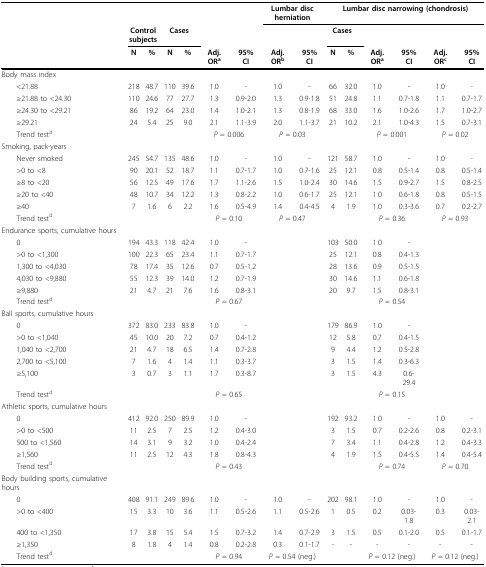
<table><thead><tr><td></td><td></td><td></td><td></td><td></td><td></td><td></td><td colspan="2"><b>Lumbar disc herniation</b></td><td colspan="6"><b>Lumbar disc narrowing (chondrosis)</b></td></tr><tr><td></td><td colspan="2"><b>Control subjects</b></td><td colspan="2"><b>Cases</b></td><td></td><td></td><td></td><td></td><td colspan="2"><b>Cases</b></td><td></td><td></td><td></td><td></td></tr><tr><td></td><td><b>N</b></td><td><b>%</b></td><td><b>N</b></td><td><b>%</b></td><td><b>Adj. OR<sup>a</sup></b></td><td><b>95% CI</b></td><td><b>Adj. OR<sup>b</sup></b></td><td><b>95% CI</b></td><td><b>N</b></td><td><b>%</b></td><td><b>Adj. OR<sup>a</sup></b></td><td><b>95% CI</b></td><td><b>Adj. OR<sup>c</sup></b></td><td><b>95% CI</b></td></tr></thead><tbody><tr><td>Body mass index</td><td></td><td></td><td></td><td></td><td></td><td></td><td></td><td></td><td></td><td></td><td></td><td></td><td></td><td></td></tr><tr><td> &lt;21.88</td><td>218</td><td>48.7</td><td>110</td><td>39.6</td><td>1.0</td><td>-</td><td>1.0</td><td>-</td><td>66</td><td>32.0</td><td>1.0</td><td>-</td><td>1.0</td><td>-</td></tr><tr><td> ≥21.88 to &lt;24.30</td><td>110</td><td>24.6</td><td>77</td><td>27.7</td><td>1.3</td><td>0.9-2.0</td><td>1.3</td><td>0.9-1.8</td><td>51</td><td>24.8</td><td>1.1</td><td>0.7-1.8</td><td>1.1</td><td>0.7-1.7</td></tr><tr><td> ≥24.30 to &lt;29.21</td><td>86</td><td>19.2</td><td>64</td><td>23.0</td><td>1.4</td><td>1.0-2.1</td><td>1.3</td><td>0.8-1.9</td><td>68</td><td>33.0</td><td>1.6</td><td>1.0-2.6</td><td>1.7</td><td>1.0-2.7</td></tr><tr><td> ≥29.21</td><td>24</td><td>5.4</td><td>25</td><td>9.0</td><td>2.1</td><td>1.1-3.9</td><td>2.0</td><td>1.1-3.7</td><td>21</td><td>10.2</td><td>2.1</td><td>1.0-4.3</td><td>1.5</td><td>0.7-3.1</td></tr><tr><td> Trend test<sup>d</sup></td><td></td><td></td><td></td><td></td><td colspan="2"><i>P </i>= 0.006</td><td colspan="2"><i>P </i>= 0.03</td><td></td><td></td><td colspan="2"><i>P </i>= 0.001</td><td colspan="2"><i>P </i>= 0.02</td></tr><tr><td>Smoking, pack-years</td><td></td><td></td><td></td><td></td><td></td><td></td><td></td><td></td><td></td><td></td><td></td><td></td><td></td><td></td></tr><tr><td> Never smoked</td><td>245</td><td>54.7</td><td>135</td><td>48.6</td><td>1.0</td><td>-</td><td>1.0</td><td>-</td><td>121</td><td>58.7</td><td>1.0</td><td>-</td><td>1.0</td><td>-</td></tr><tr><td> &gt;0 to &lt;8</td><td>90</td><td>20.1</td><td>52</td><td>18.7</td><td>1.1</td><td>0.7-1.7</td><td>1.0</td><td>0.7-1.6</td><td>25</td><td>12.1</td><td>0.8</td><td>0.5-1.4</td><td>0.8</td><td>0.5-1.4</td></tr><tr><td> ≥8 to &lt;20</td><td>56</td><td>12.5</td><td>49</td><td>17.6</td><td>1.7</td><td>1.1-2.6</td><td>1.5</td><td>1.0-2.4</td><td>30</td><td>14.6</td><td>1.5</td><td>0.9-2.7</td><td>1.5</td><td>0.8-2.5</td></tr><tr><td> ≥20 to &lt;40</td><td>48</td><td>10.7</td><td>34</td><td>12.2</td><td>1.3</td><td>0.8-2.2</td><td>1.0</td><td>0.6-1.7</td><td>25</td><td>12.1</td><td>1.0</td><td>0.6-1.8</td><td>0.8</td><td>0.5-1.5</td></tr><tr><td> ≥40</td><td>7</td><td>1.6</td><td>6</td><td>2.2</td><td>1.6</td><td>0.5-4.9</td><td>1.4</td><td>0.4-4.5</td><td>4</td><td>1.9</td><td>1.0</td><td>0.3-3.6</td><td>0.7</td><td>0.2-2.7</td></tr><tr><td> Trend test<sup>d</sup></td><td></td><td></td><td></td><td></td><td colspan="2"><i>P </i>= 0.10</td><td colspan="2"><i>P </i>= 0.47</td><td></td><td></td><td colspan="2"><i>P </i>= 0.36</td><td colspan="2"><i>P </i>= 0.93</td></tr><tr><td>Endurance sports, cumulative hours</td><td></td><td></td><td></td><td></td><td></td><td></td><td></td><td></td><td></td><td></td><td></td><td></td><td></td><td></td></tr><tr><td> 0</td><td>194</td><td>43.3</td><td>118</td><td>42.4</td><td>1.0</td><td>-</td><td></td><td></td><td>103</td><td>50.0</td><td>1.0</td><td>-</td><td></td><td></td></tr><tr><td> &gt;0 to &lt;1,300</td><td>100</td><td>22.3</td><td>65</td><td>23.4</td><td>1.1</td><td>0.7-1.7</td><td></td><td></td><td>25</td><td>12.1</td><td>0.8</td><td>0.4-1.3</td><td></td><td></td></tr><tr><td> 1,300 to &lt;4,030</td><td>78</td><td>17.4</td><td>35</td><td>12.6</td><td>0.7</td><td>0.5-1.2</td><td></td><td></td><td>28</td><td>13.6</td><td>0.9</td><td>0.5-1.5</td><td></td><td></td></tr><tr><td> 4,030 to &lt;9,880</td><td>55</td><td>12.3</td><td>39</td><td>14.0</td><td>1.2</td><td>0.7-1.9</td><td></td><td></td><td>30</td><td>14.6</td><td>1.1</td><td>0.6-1.8</td><td></td><td></td></tr><tr><td> ≥9,880</td><td>21</td><td>4.7</td><td>21</td><td>7.6</td><td>1.6</td><td>0.8-3.1</td><td></td><td></td><td>20</td><td>9.7</td><td>1.5</td><td>0.8-3.1</td><td></td><td></td></tr><tr><td> Trend test<sup>d</sup></td><td></td><td></td><td></td><td></td><td colspan="2"><i>P </i>= 0.67</td><td></td><td></td><td></td><td></td><td colspan="2"><i>P </i>= 0.54</td><td></td><td></td></tr><tr><td>Ball sports, cumulative hours</td><td></td><td></td><td></td><td></td><td></td><td></td><td></td><td></td><td></td><td></td><td></td><td></td><td></td><td></td></tr><tr><td> 0</td><td>372</td><td>83.0</td><td>233</td><td>83.8</td><td>1.0</td><td>-</td><td></td><td></td><td>179</td><td>86.9</td><td>1.0</td><td>-</td><td></td><td></td></tr><tr><td> &gt;0 to &lt;1,040</td><td>45</td><td>10.0</td><td>20</td><td>7.2</td><td>0.7</td><td>0.4-1.2</td><td></td><td></td><td>12</td><td>5.8</td><td>0.7</td><td>0.4-1.5</td><td></td><td></td></tr><tr><td> 1,040 to &lt;2,700</td><td>21</td><td>4.7</td><td>18</td><td>6.5</td><td>1.4</td><td>0.7-2.8</td><td></td><td></td><td>9</td><td>4.4</td><td>1.2</td><td>0.5-2.8</td><td></td><td></td></tr><tr><td> 2,700 to &lt;5,100</td><td>7</td><td>1.6</td><td>4</td><td>1.4</td><td>1.1</td><td>0.3-3.7</td><td></td><td></td><td>3</td><td>1.5</td><td>1.4</td><td>0.3-6.3</td><td></td><td></td></tr><tr><td> ≥5,100</td><td>3</td><td>0.7</td><td>3</td><td>1.1</td><td>1.7</td><td>0.3-8.7</td><td></td><td></td><td>3</td><td>1.5</td><td>4.3</td><td>0.6-29.4</td><td></td><td></td></tr><tr><td> Trend test<sup>d</sup></td><td></td><td></td><td></td><td></td><td colspan="2"><i>P </i>= 0.65</td><td></td><td></td><td></td><td></td><td colspan="2"><i>P </i>= 0.15</td><td></td><td></td></tr><tr><td>Athletic sports, cumulative hours</td><td></td><td></td><td></td><td></td><td></td><td></td><td></td><td></td><td></td><td></td><td></td><td></td><td></td><td></td></tr><tr><td> 0</td><td>412</td><td>92.0</td><td>250</td><td>89.9</td><td>1.0</td><td>-</td><td></td><td></td><td>192</td><td>93.2</td><td>1.0</td><td>-</td><td>1.0</td><td>-</td></tr><tr><td> &gt;0 to &lt;500</td><td>11</td><td>2.5</td><td>7</td><td>2.5</td><td>1.2</td><td>0.4-3.0</td><td></td><td></td><td>3</td><td>1.5</td><td>0.7</td><td>0.2-2.6</td><td>0.8</td><td>0.2-3.1</td></tr><tr><td> 500 to &lt;1,560</td><td>14</td><td>3.1</td><td>9</td><td>3.2</td><td>1.0</td><td>0.4-2.4</td><td></td><td></td><td>7</td><td>3.4</td><td>1.1</td><td>0.4-2.8</td><td>1.2</td><td>0.4-3.3</td></tr><tr><td> ≥1,560</td><td>11</td><td>2.5</td><td>12</td><td>4.3</td><td>1.8</td><td>0.8-4.3</td><td></td><td></td><td>4</td><td>1.9</td><td>1.5</td><td>0.4-5.5</td><td>1.4</td><td>0.4-5.4</td></tr><tr><td> Trend test<sup>d</sup></td><td></td><td></td><td></td><td></td><td colspan="2"><i>P </i>= 0.43</td><td></td><td></td><td></td><td></td><td colspan="2"><i>P </i>= 0.74</td><td colspan="2"><i>P </i>= 0.70</td></tr><tr><td>Body building sports, cumulative hours</td><td></td><td></td><td></td><td></td><td></td><td></td><td></td><td></td><td></td><td></td><td></td><td></td><td></td><td></td></tr><tr><td> 0</td><td>408</td><td>91.1</td><td>249</td><td>89.6</td><td>1.0</td><td>-</td><td>1.0</td><td>-</td><td>202</td><td>98.1</td><td>1.0</td><td>-</td><td>1.0</td><td>-</td></tr><tr><td> &gt;0 to &lt;400</td><td>15</td><td>3.3</td><td>10</td><td>3.6</td><td>1.1</td><td>0.5-2.6</td><td>1.1</td><td>0.5-2.6</td><td>1</td><td>0.5</td><td>0.2</td><td>0.03-1.8</td><td>0.3</td><td>0.03-2.1</td></tr><tr><td> 400 to &lt;1,350</td><td>17</td><td>3.8</td><td>15</td><td>5.4</td><td>1.5</td><td>0.7-3.2</td><td>1.4</td><td>0.7-2.9</td><td>3</td><td>1.5</td><td>0.5</td><td>0.1-2.0</td><td>0.5</td><td>0.1-1.7</td></tr><tr><td> ≥1,350</td><td>8</td><td>1.8</td><td>4</td><td>1.4</td><td>0.8</td><td>0.2-2.8</td><td>0.3</td><td>0.1-1.7</td><td>-</td><td>-</td><td>-</td><td>-</td><td>-</td><td>-</td></tr><tr><td> Trend test<sup>d</sup></td><td></td><td></td><td></td><td></td><td colspan="2"><i>P </i>= 0.94</td><td colspan="2"><i>P </i>= 0.54 (neg.)</td><td></td><td></td><td colspan="2"><i>P </i>= 0.12 (neg.)</td><td colspan="2"><i>P </i>= 0.12 (neg.)</td></tr></tbody></table>